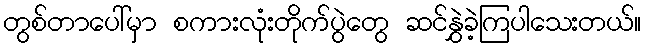
တွစ်တာပေါ်မှာ စကားလုံးတိုက်ပွဲတွေ ဆင်နွှဲခဲ့ကြပါသေးတယ်။